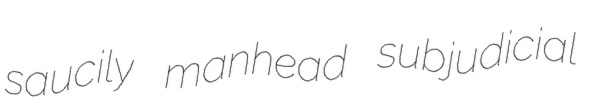
saucily manhead subjudicial